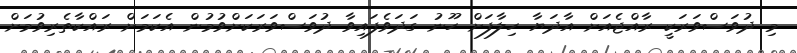
މި ދުވަސްވަރަކީ ރާއްޖެއަށް އާދަޔާ ހިލާފަށް ހޫނު ގަދަވެފައިިވާ ދުވަސްވަރަކަށްވުމުން އެކަމަށް ރައްކާތެރިވުމަށް